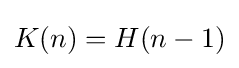
K(n)=H(n-1)